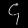
Digit: ၄